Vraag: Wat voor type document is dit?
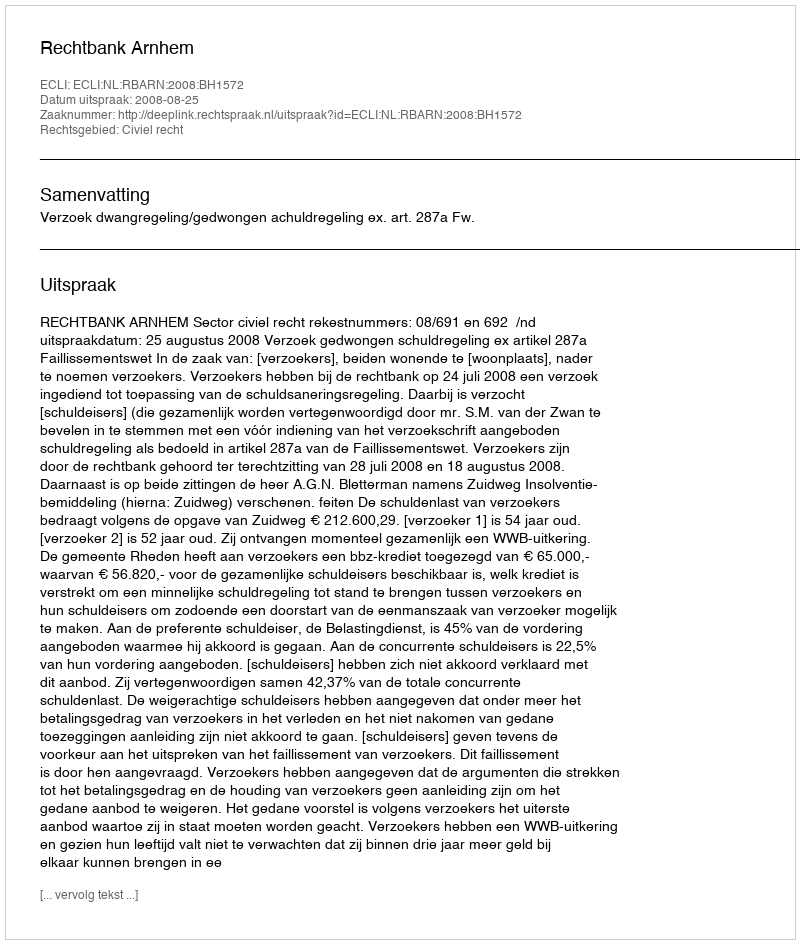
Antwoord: Uitspraak